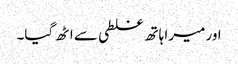
اور میرا ہاتھ غلطی سے اٹھ گیا۔